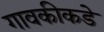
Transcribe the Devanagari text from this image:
गावकीकडे